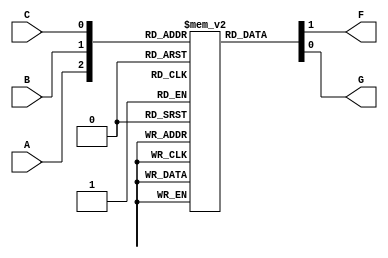
module ROM8X2
(
	input A, B, C,
	output F, G
);

reg [0:1] ROM [0:7];

wire [0:1] ROM_out;
wire [2:0] ROM_in;

assign ROM_in = {A,B,C};
assign ROM_out = ROM[ROM_in];
assign F = ROM_out[0];
assign G = ROM_out[1];


initial 
begin
	ROM[0] = 2'b11;
	ROM[1] = 2'b11;
	ROM[2] = 2'b10;
	ROM[3] = 2'b00;
	ROM[4] = 2'b01;
	ROM[5] = 2'b01;
	ROM[6] = 2'b10;
	ROM[7] = 2'b01;
end

endmodule